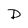
Character: D